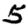
Digit: 5